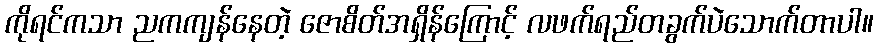
ကိုရင်ကသာ ညကကျန်နေတဲ့ ဇောစိတ်အရှိန်ကြောင့် လဖက်ရည်တခွက်ပဲသောက်တာပါ။